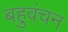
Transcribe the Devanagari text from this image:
बहुवंचन